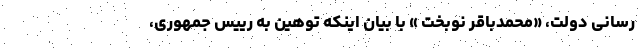
رسانی دولت، «محمدباقر نوبخت » با بیان اینکه توهین به رییس ‌جمهوری،